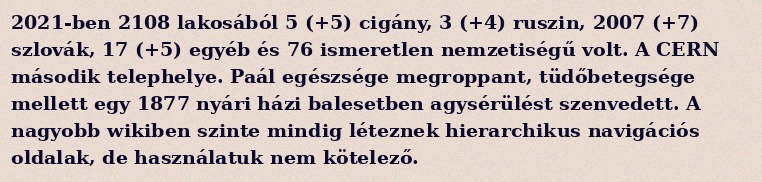
2021-ben 2108 lakosából 5 (+5) cigány, 3 (+4) ruszin, 2007 (+7) szlovák, 17 (+5) egyéb és 76 ismeretlen nemzetiségű volt. A CERN második telephelye. Paál egészsége megroppant, tüdőbetegsége mellett egy 1877 nyári házi balesetben agysérülést szenvedett. A nagyobb wikiben szinte mindig léteznek hierarchikus navigációs oldalak, de használatuk nem kötelező.